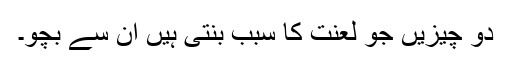
دو چیزیں جو لعنت کا سبب بنتی ہیں ان سے بچو۔